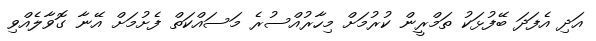
އަދި އެފަދަ ބޭފުޅަކު ތަމްރީން ކުރުމަށް މިހާރުއްސުރެ މަސައްކަތް ފެށުމަށް އޭނާ ގޮވާލެއްވި